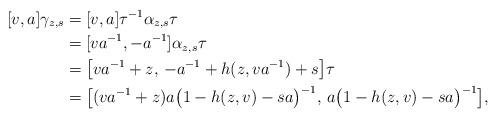
LaTeX: \begin{align*}[v,a]\gamma_{z,s}&= [v,a] \tau^{-1} \alpha_{z,s} \tau \\&= [va^{-1}, -a^{-1}] \alpha_{z,s} \tau \\&= \bigl[ va^{-1} + z ,\, - a^{-1} + h(z,va^{-1}) + s \bigr] \tau \\&= \bigl[ (va^{-1} + z) a \bigl( 1 - h(z,v) - sa \bigr)^{-1} ,\, a \bigl( 1 - h(z,v) - sa \bigr)^{-1} \bigr] ,\end{align*}